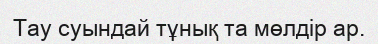
Тау суындай тұнық та мөлдір ар.